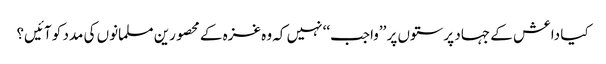
کیا داعش کے جہاد پرستوں پر ’’واجب‘‘ نہیں کہ وہ غزہ کے محصورین مسلمانوں کی مدد کو آئیں؟